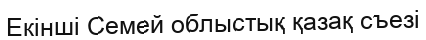
Екінші Семей облыстық қазақ съезі